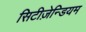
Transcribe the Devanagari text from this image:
सिटीज़ेन्डियम